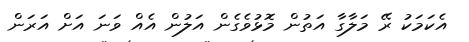
އެކަމަކު ރޭ މަލާގާ އަތުން މޮޅުވެގެން އަލުން އެއް ވަނަ އަށް އަރަން